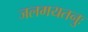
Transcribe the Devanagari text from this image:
जलमयतनुः